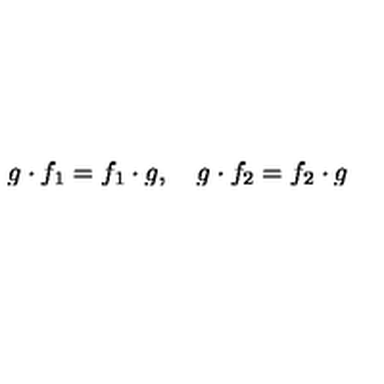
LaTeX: g \cdot f _ { 1 } = f _ { 1 } \cdot g , \quad g \cdot f _ { 2 } = f _ { 2 } \cdot g